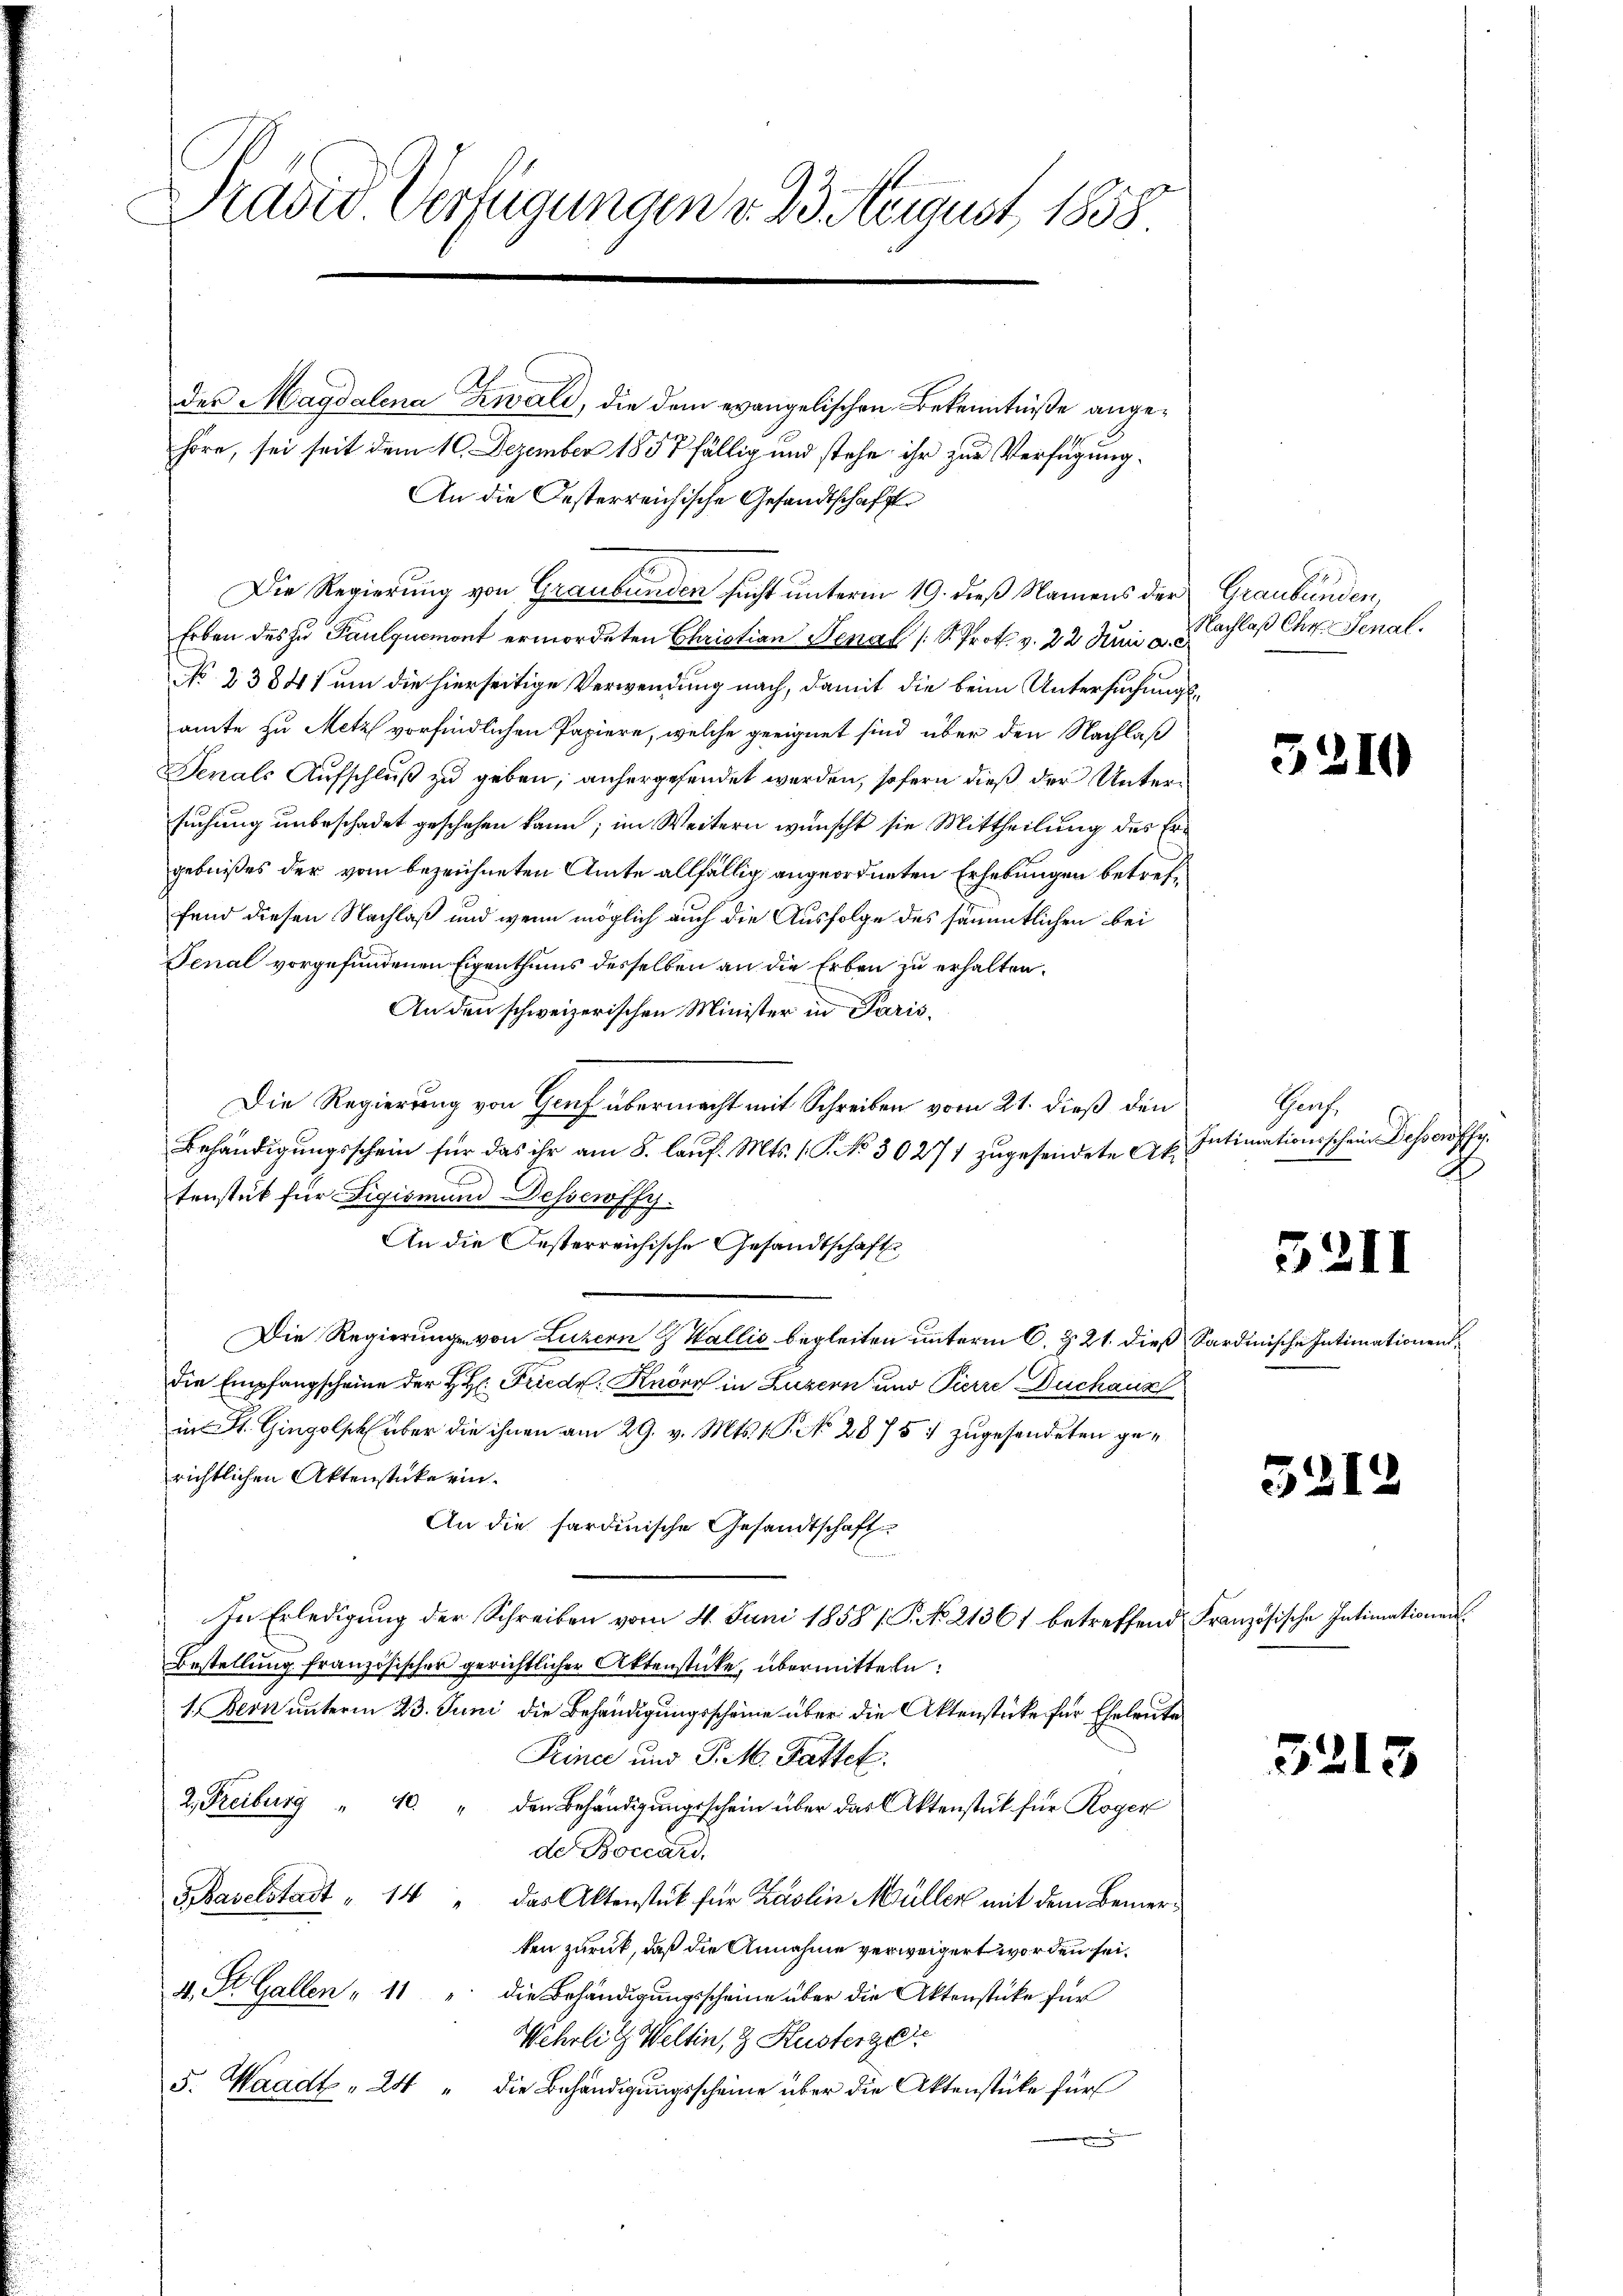
Pravid Verfügungen v. 23. August 1858.

der Magdalena Zwald, die dem evangelischen Bekenntniße angehöre, sei seit dem 10. Dezember 1857 fällig und stehe ihr zur Verfügung.
An die Oesterreichische Gesandtschaft
Die Regierung von Graubünden sucht unterm 19. dieß Namens der Graubünden,
Erben des zu Paulquemont ermordeten Christian Senat (S. Prot. v. 22 Juni a. c.
No. 23841 um die hierseitige Verwendung nach, damit die beim Untersuchungsamte zu Metz vorfindlichen Papiere, welche geeignet sind über den Nachlaß
Derals Aufschluß zu geben, anhergesendet werden, sofern dieß der Untersuchung unbeschadet geschehen kann; im Weitern wünscht sie Mittheilung des Ergebnißes der vom bezeichneten Amte allfällig angeordneten Erhebungen betreffend diesen Nachlaß und wenn möglich auch die Ausfolge des sämmtlichen bei
Fenal vorgefundenen Eigenthums desselben an die Erben zu erhalten.
An den schweizerischen Minister in Paris
Die Regierung von Gruf übermacht mit Schreiben vom 21. dieß den
Behändigungsschein für das ihr am 8. laŭf. Mts. 1. P. No 30271 zugesendete Aktenstück für Figismund Dessewffy.
An die Oesterreichische Gesandtschaft
Die Regierungen von Luzern Wallis begleiten unterm 6. Z. 21. dieß Sardinische Intimationen
die Empfangscheine der H. H. Friedr. Knorr in Luzern und Pierre Duchaus
in St. Gingolsk über die ihnen am 29. v. Mts. 1. P. No 28 757 zugesendeten gerichtlichen Aktenstücke ein¬
An die sardinische Gesandtschaft
In Erledigŭng der Schreiben vom 4. Juni 1858 / P. No. 21361 betreffend Französische Intimationen
Bestellung französischer gerichtlicher Aktenstücke, übermitteln:
1. Bern unterm 23. Juni die Behändigungsscheine über die Aktenstücke für Eheleute
Prince und P. M. Pattet.
2. Freiburg " 10 " den Behändigŭngsschein über das Aktenstück für Roger
de Boccard.
Baselstadt " 14 " das Aktenstück für Käslin Müller mit dem Bemerken zurück, daß die Annahme verweigert worden sei.
4, St. Gallen " 11 " die Behändigungsscheine über die Aktenstücke für
Wehrlich Weltin, & Husterze
5. Waadt, 24 " die Behändigŭngsscheine über die Aktenstüke für
e

Nachlaß Chr. Senal.

Prof.
Intimationsschein Dessewffy.
2

5210

3211

521

3213